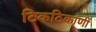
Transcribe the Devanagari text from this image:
ठिकठिकाणीं